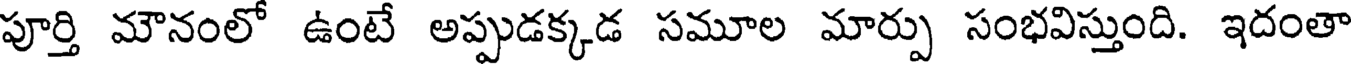
పూర్తి మౌనంలో ఉంటే అప్పుడక్కడ సమూల మార్పు సంభవిస్తుంది. ఇదంతా